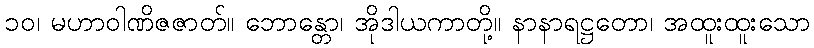
၁၀၊ မဟာဝါဏိဇဇာတ်။ ဘောန္တော၊ အိုဒါယကာတို့။ နာနာရဋ္ဌတော၊ အထူးထူးသော